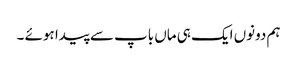
ہم دونوں ایک ہی ماں باپ سے پیدا ہوئے ۔